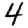
Digit: 4